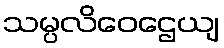
သမ္ပလိဝေဌေယျ